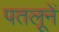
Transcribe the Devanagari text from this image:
पतलूनें